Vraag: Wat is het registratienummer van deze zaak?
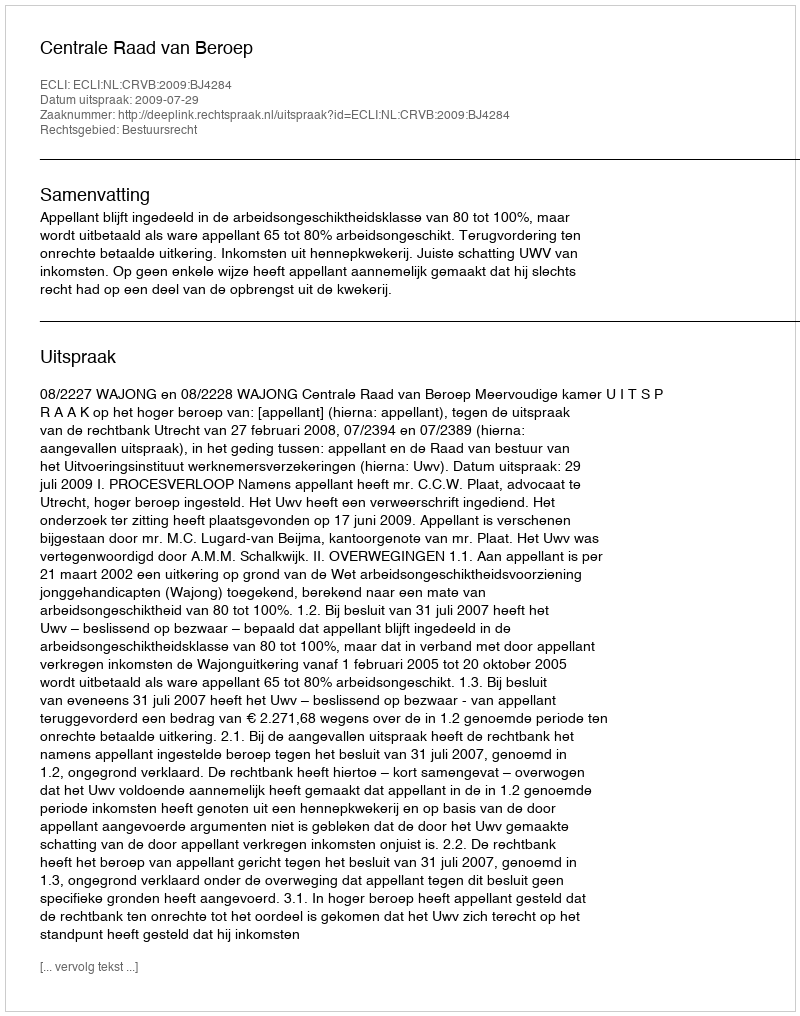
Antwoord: http://deeplink.rechtspraak.nl/uitspraak?id=ECLI:NL:CRVB:2009:BJ4284